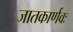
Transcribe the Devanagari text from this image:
जातकार्णवः